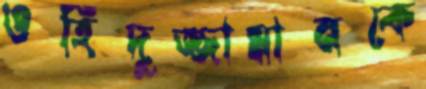
ওহিদুজ্জামানকে